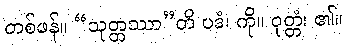
တစ်ဖန်။ “သုတ္တဿာ”တိ ပဒံ၊ ကို။ ဝုတ္တံ၊ ၏။